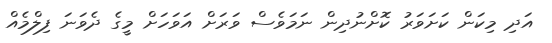
އަދި މިކަން ކަށަވަރު ކޮށްނުދިން ނަމަވެސް ވަރަށް އަވަހަށް މީގެ ދެވަނަ ފިލްމެއް